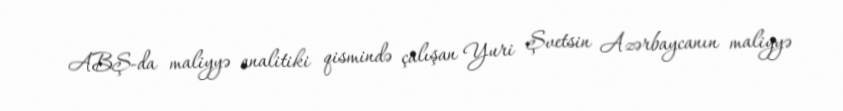
ABŞ-da maliyyə analitiki qismində çalışan Yuri Şvetsin Azərbaycanın maliyyə